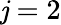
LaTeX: \mathit{j}=2